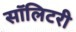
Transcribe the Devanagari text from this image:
सॉलिटरी